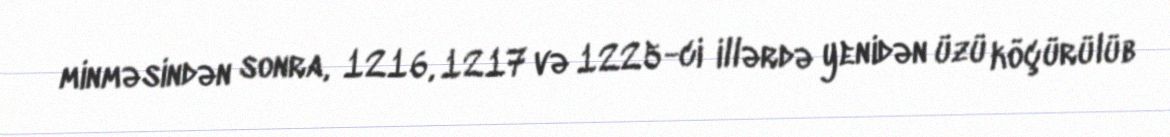
minməsindən sonra, 1216, 1217 və 1225-ci illərdə yenidən üzü köçürülüb